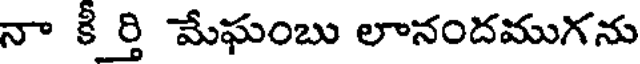
నా కీ ర్తి మేఘంబు లానందముగను